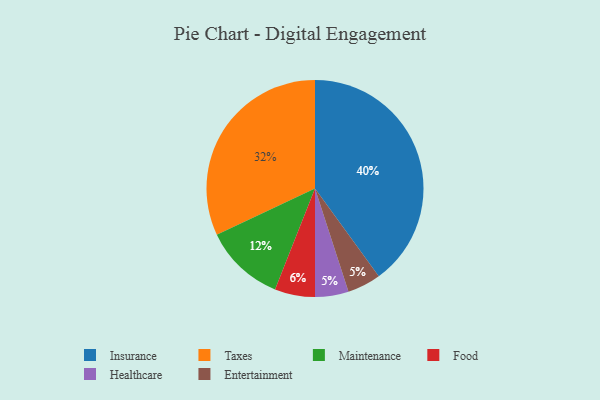
{"axis": {"x": "Category", "y": "Percentage"}, "legend": ["Entertainment", "Food", "Healthcare", "Insurance", "Maintenance", "Taxes"], "data": [{"x": "Food", "y": 6, "type": "Food"}, {"x": "Taxes", "y": 32, "type": "Taxes"}, {"x": "Healthcare", "y": 5, "type": "Healthcare"}, {"x": "Entertainment", "y": 5, "type": "Entertainment"}, {"x": "Insurance", "y": 40, "type": "Insurance"}, {"x": "Maintenance", "y": 12, "type": "Maintenance"}]}